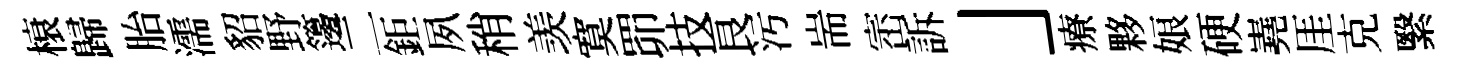
榱歸胎濡貂野籩二鉅夙稍羡寞𦊑技良污耑崈訴」療夥娘硬嶤厓克繄